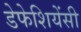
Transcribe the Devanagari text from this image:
डेफेशियेंसी